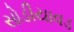
સોડીયાવડ